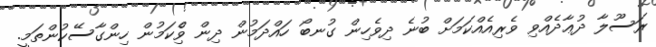
ރަސޫލާ ދުޢާދެއްވި ވެރިއެއްކަމަށް ބުނެ ދިވެހިން ގުނބޯ ހައްދަމުން ދިން ވިެްކަމުން ހިންގާސޭކުންތަމީ.